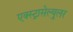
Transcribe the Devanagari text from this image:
एक्स्ट्रासेल्युलर